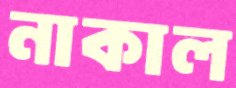
নাকাল